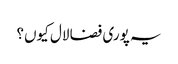
یہ پوری فضا لال کیوں؟